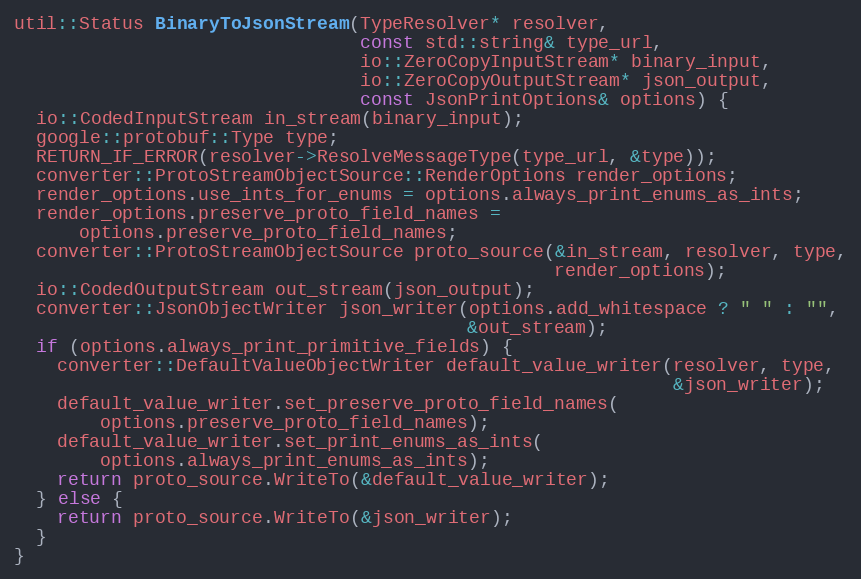
Language: C++
util::Status BinaryToJsonStream(TypeResolver* resolver,
                                const std::string& type_url,
                                io::ZeroCopyInputStream* binary_input,
                                io::ZeroCopyOutputStream* json_output,
                                const JsonPrintOptions& options) {
  io::CodedInputStream in_stream(binary_input);
  google::protobuf::Type type;
  RETURN_IF_ERROR(resolver->ResolveMessageType(type_url, &type));
  converter::ProtoStreamObjectSource::RenderOptions render_options;
  render_options.use_ints_for_enums = options.always_print_enums_as_ints;
  render_options.preserve_proto_field_names =
      options.preserve_proto_field_names;
  converter::ProtoStreamObjectSource proto_source(&in_stream, resolver, type,
                                                  render_options);
  io::CodedOutputStream out_stream(json_output);
  converter::JsonObjectWriter json_writer(options.add_whitespace ? " " : "",
                                          &out_stream);
  if (options.always_print_primitive_fields) {
    converter::DefaultValueObjectWriter default_value_writer(resolver, type,
                                                             &json_writer);
    default_value_writer.set_preserve_proto_field_names(
        options.preserve_proto_field_names);
    default_value_writer.set_print_enums_as_ints(
        options.always_print_enums_as_ints);
    return proto_source.WriteTo(&default_value_writer);
  } else {
    return proto_source.WriteTo(&json_writer);
  }
}